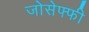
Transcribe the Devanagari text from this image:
जोसेफ्फी